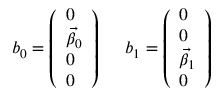
b _ { 0 } = \left( \begin{array} { l } { { 0 } } \\ { { \vec { \beta } _ { 0 } } } \\ { { 0 } } \\ { { 0 } } \end{array} \right) ~ ~ ~ ~ b _ { 1 } = \left( \begin{array} { l } { { 0 } } \\ { { 0 } } \\ { { \vec { \beta } _ { 1 } } } \\ { { 0 } } \end{array} \right)